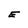
Character: E